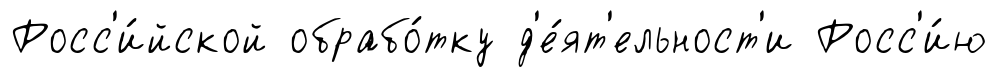
Росс'и́йской обрабо́тку д'е́ят'ельност'и Росс'и́ю